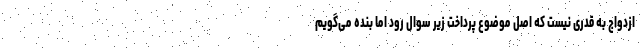
ازدواج به قدری نیست که اصل موضوع پرداخت زیر سوال رود اما بنده می‌گویم